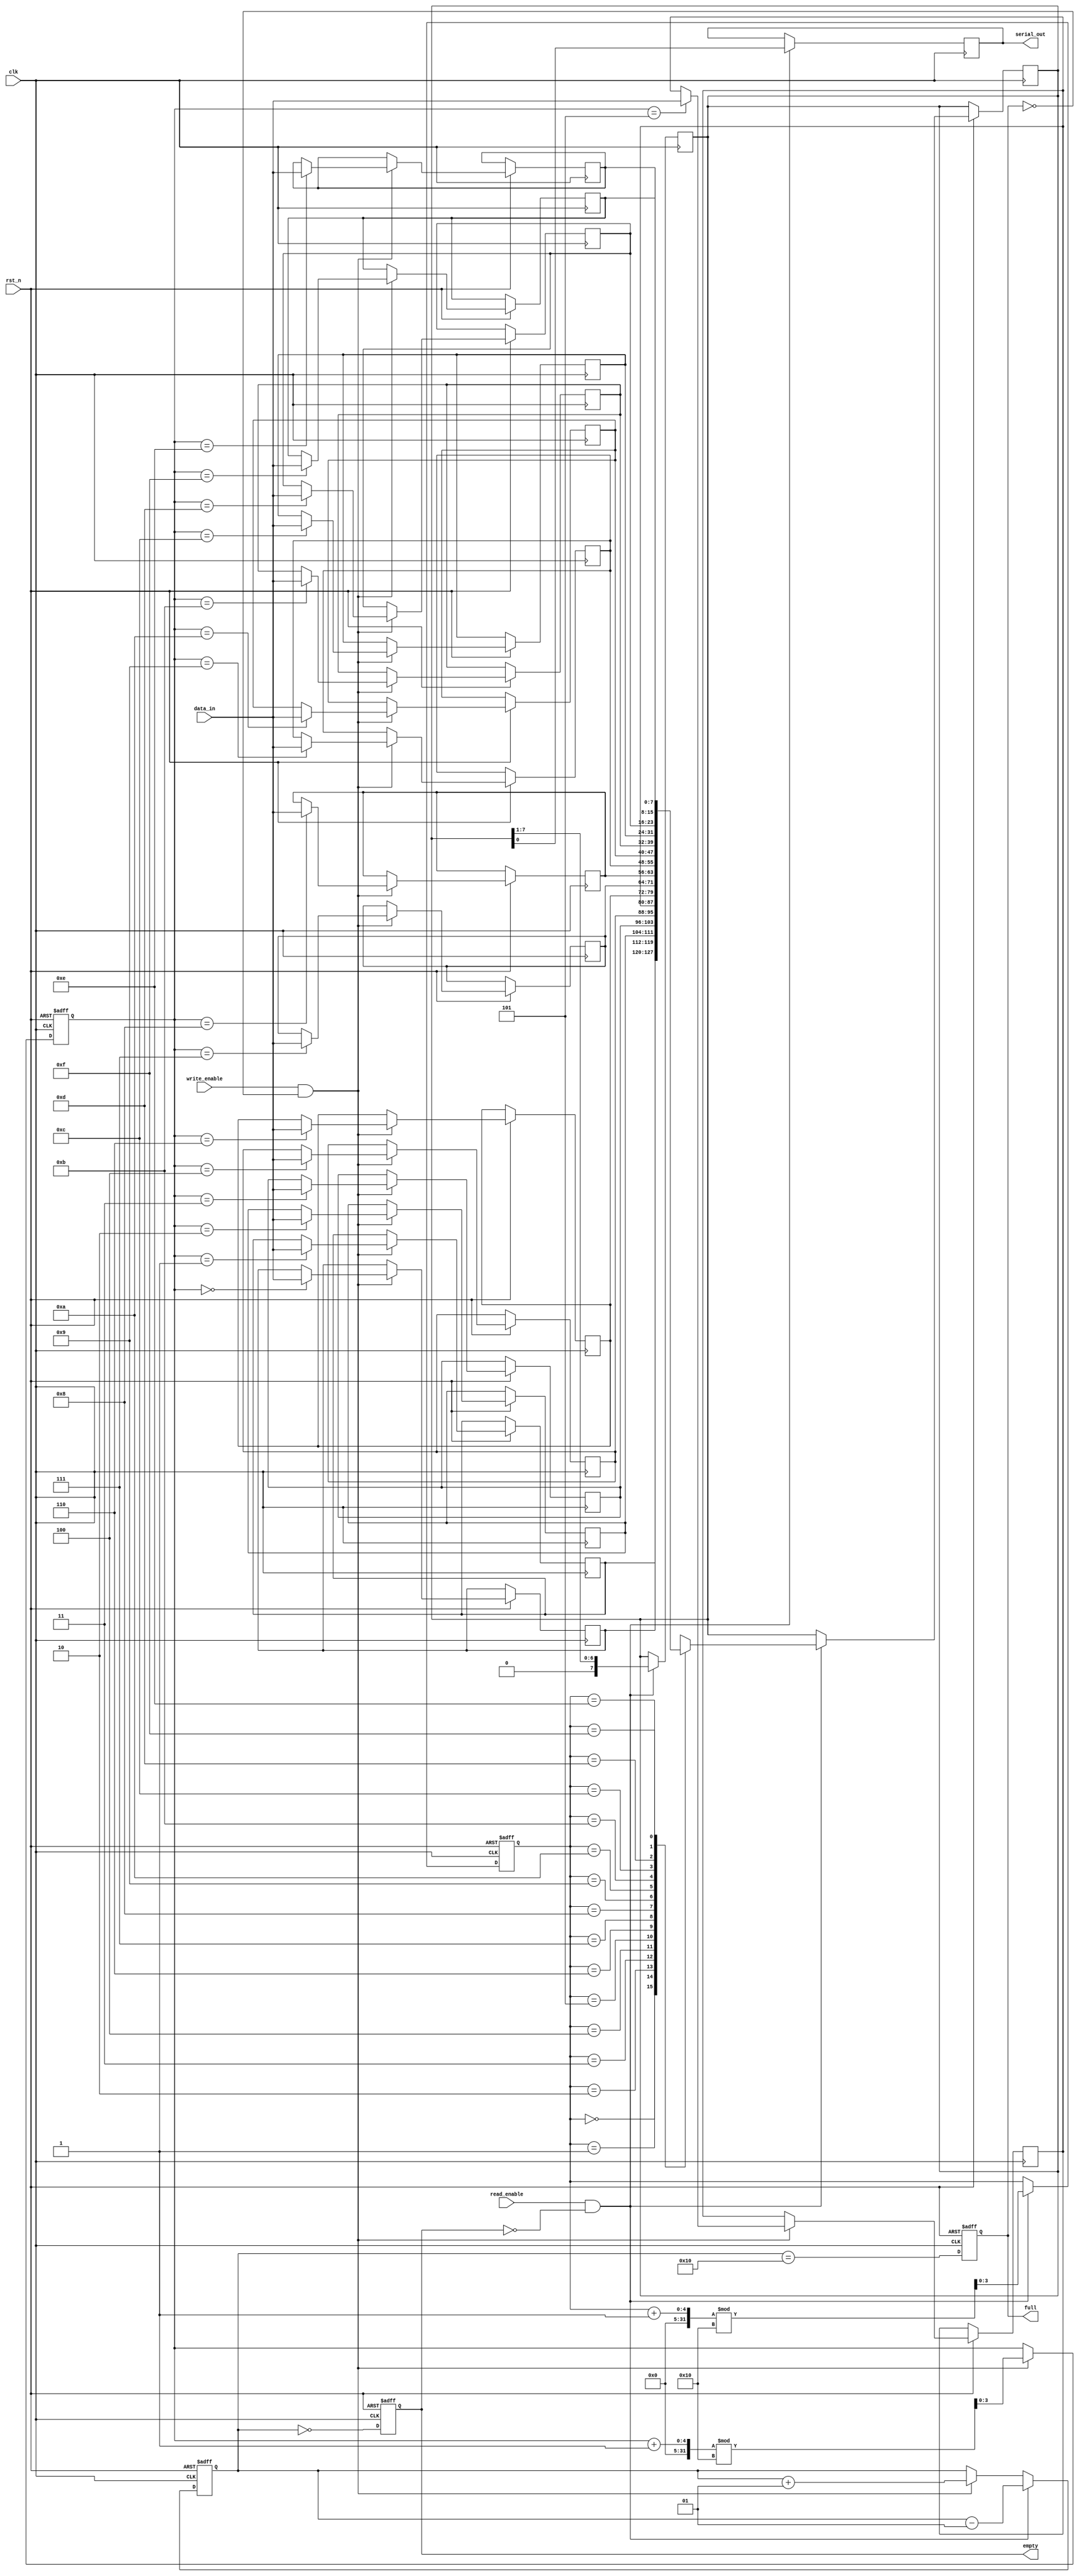
module fifo_piso #(
    parameter N = 8,             // Number of bits in the input data
    parameter DEPTH = 16         // Depth of FIFO
) (
    input wire clk,
    input wire rst_n,            // Active low reset
    input wire write_enable,
    input wire read_enable,
    input wire [N-1:0] data_in,  // Parallel data input
    output reg serial_out,        // Serial output
    output reg full,             // FIFO full flag
    output reg empty             // FIFO empty flag
);

    // Internal storage for FIFO
    reg [N-1:0] fifo [0:DEPTH-1]; // FIFO storage array
    reg [3:0] write_pointer;       // Write pointer (4 bits for depth <= 16)
    reg [3:0] read_pointer;        // Read pointer (4 bits for depth <= 16)
    reg [N-1:0] serial_buffer;     // Buffer for serial output
    reg [N-1:0] data_out;          // For reading FIFO data
    integer count;                 // To keep track of the number of elements in FIFO

    // Initialize pointers and flags
    always @(posedge clk or negedge rst_n) begin
        if (!rst_n) begin
            write_pointer <= 0;
            read_pointer <= 0;
            full <= 0;
            empty <= 1;
            count <= 0;
        end else begin
            // Write Logic
            if (write_enable && !full) begin
                fifo[write_pointer] <= data_in;
                write_pointer <= (write_pointer + 1) % DEPTH;
                count <= count + 1;
            end
            
            // Read Logic
            if (read_enable && !empty) begin
                serial_buffer <= fifo[read_pointer];
                read_pointer <= (read_pointer + 1) % DEPTH;
                count <= count - 1;
            end

            // Status Flags
            full <= (count == DEPTH);
            empty <= (count == 0);
        end
    end

    // Serial Output Logic
    always @(posedge clk) begin
        if (read_enable && !empty) begin
            serial_out <= serial_buffer[0]; // Shift out the LSB first
            serial_buffer <= {1'b0, serial_buffer[N-1:1]}; // Shift right
        end
    end

endmodule